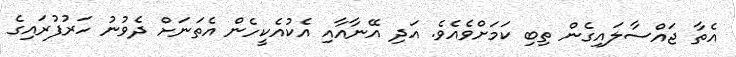
އެތާ ޖައްސާލައިގެން ތިބި ކަމަށްވެއެވެ. އަދި އޭނާއާއި އެކުއެކީހެން އެތަނަށް ދެވުނު ހަރުފުރައިގެ